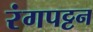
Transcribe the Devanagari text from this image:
रंगपट्टन